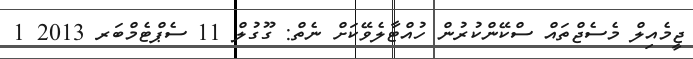
ޖީމެއިލް މެސެޖްތައް ސްކޭންކުރުން ހުއްޓާލެވޭކަށް ނެތް: ގޫގުލް 11 ސެޕްޓެމްބަރ 2013 1